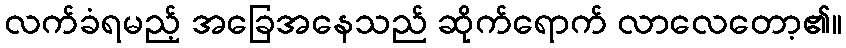
လက်ခံရမည့် အခြေအနေသည် ဆိုက်ရောက် လာလေတော့၏။